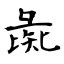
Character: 彘